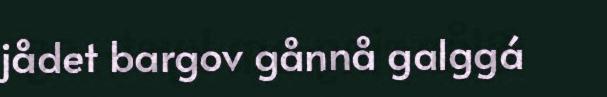
jådet bargov gånnå galggá